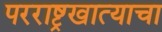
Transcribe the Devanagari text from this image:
परराष्ट्रखात्याचा